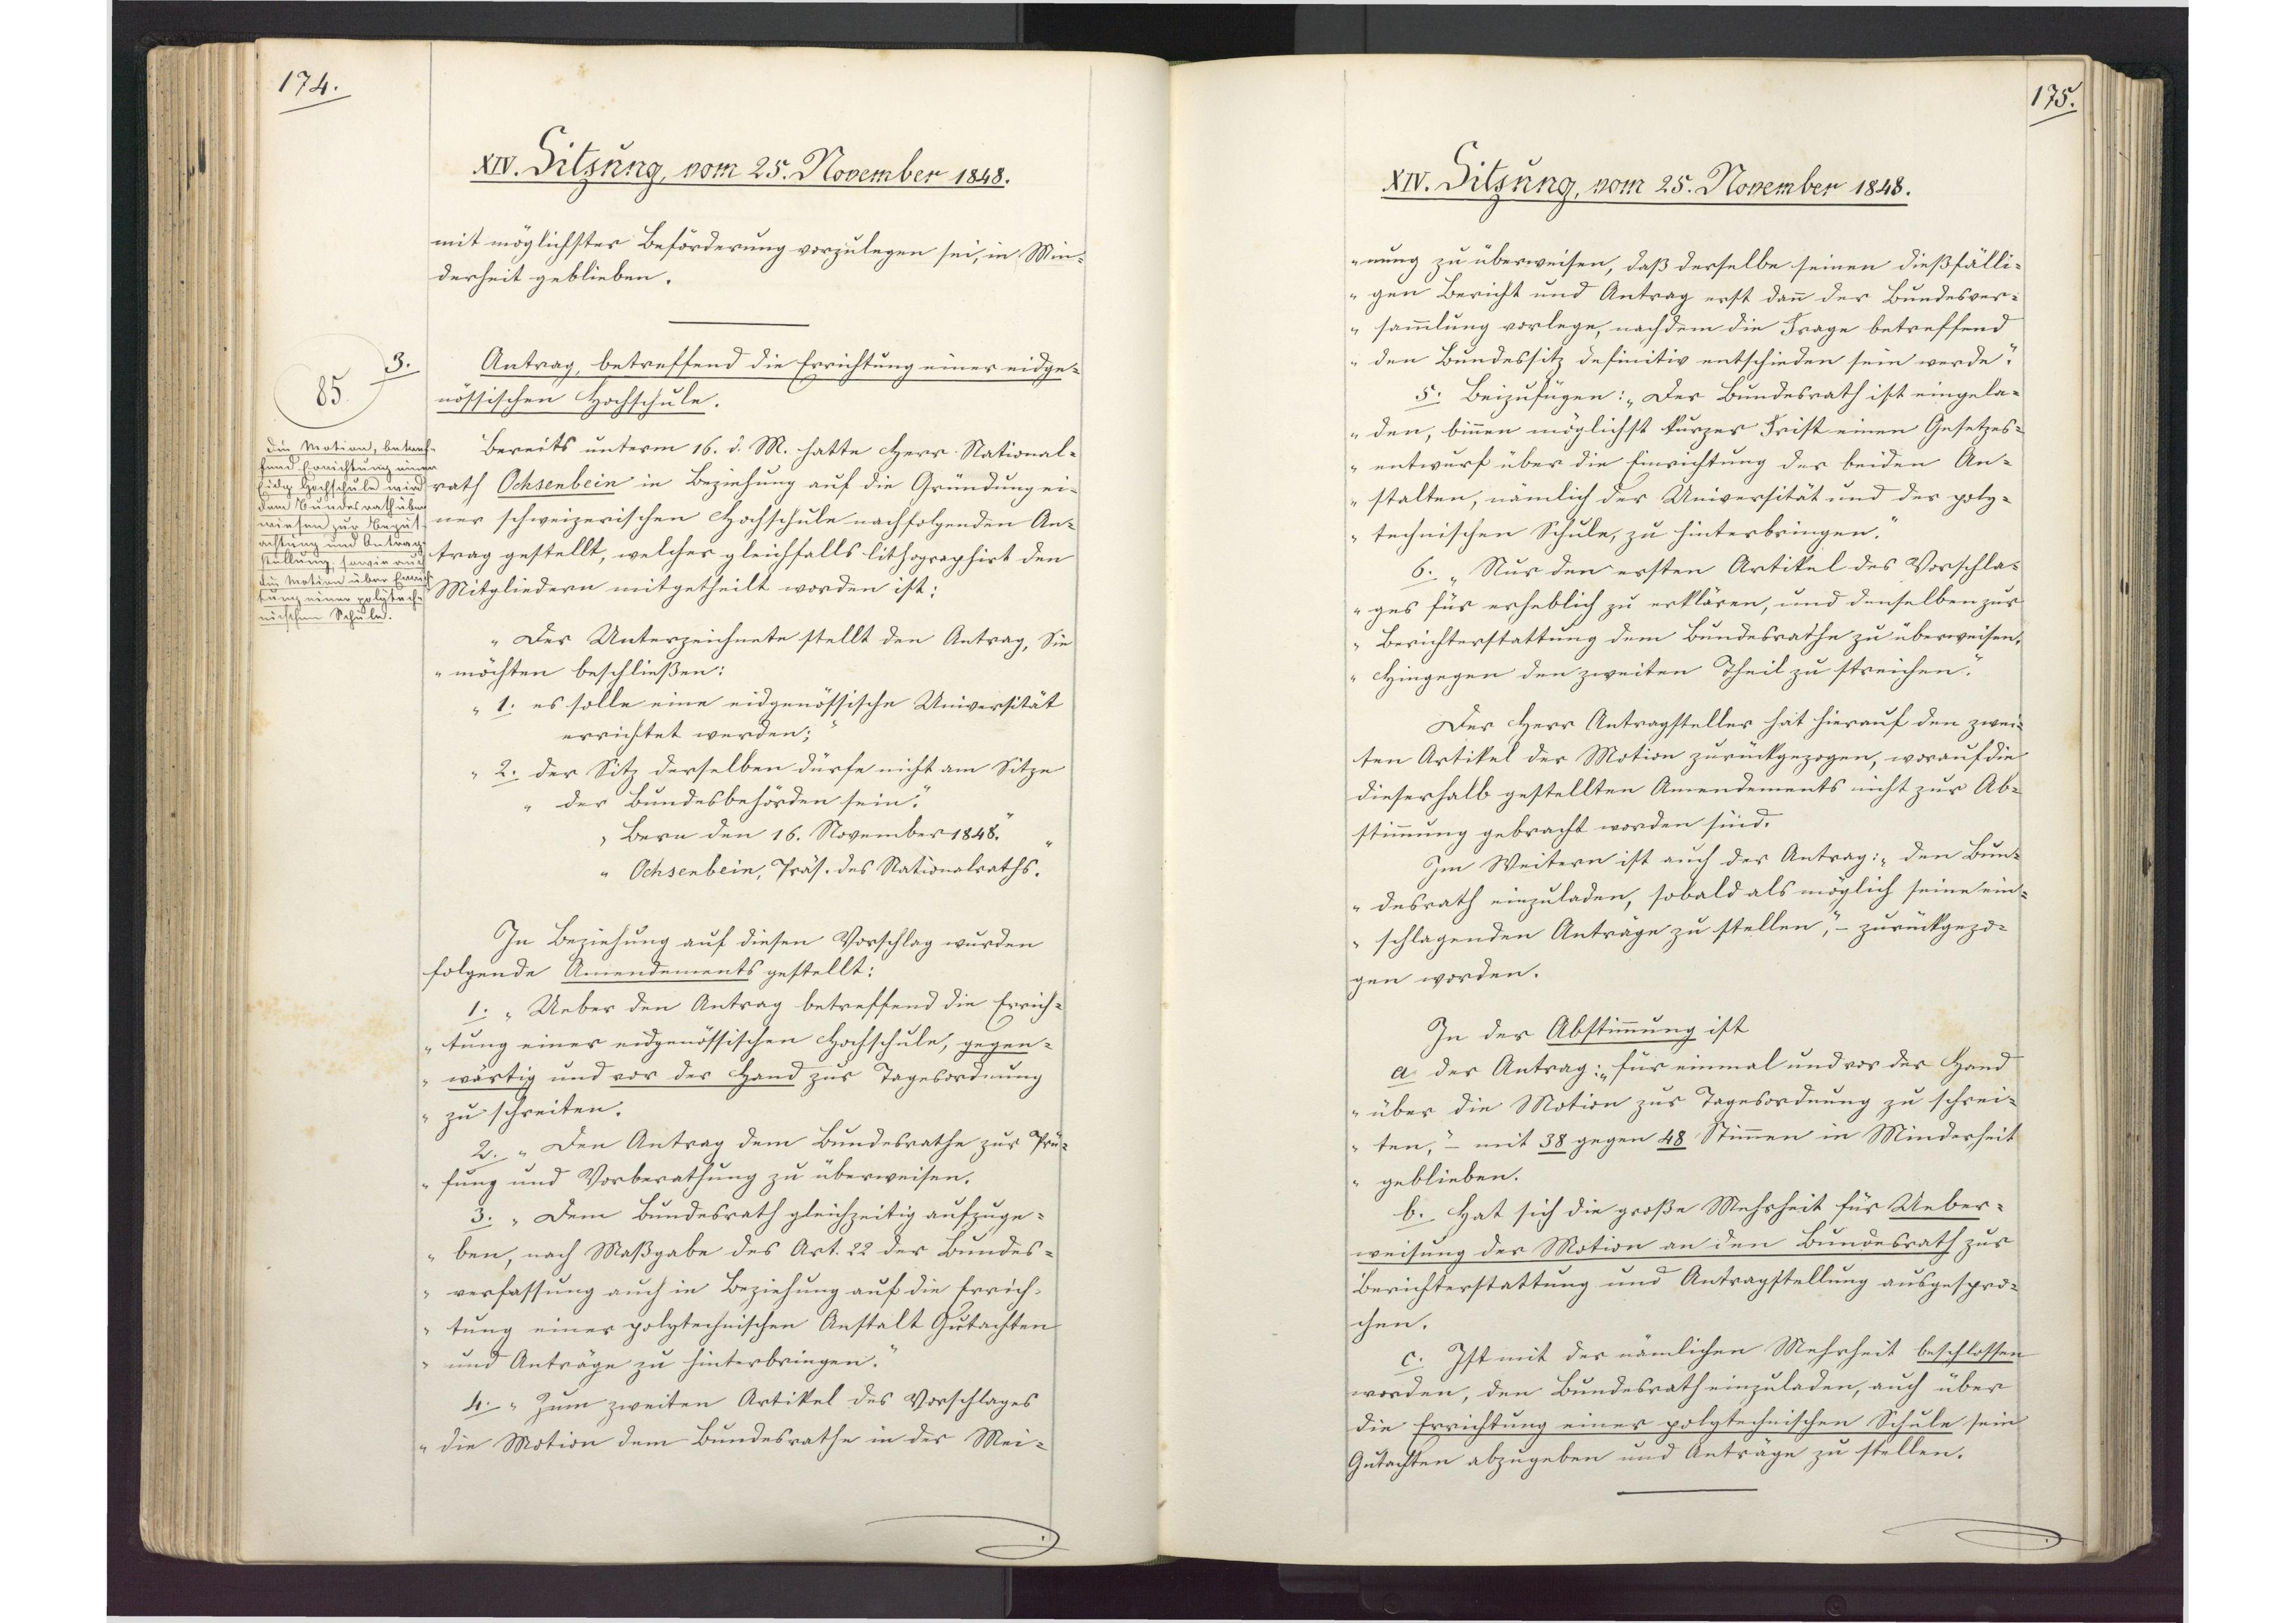
174.

XIV. Sitzung, vom 25. November 1848.

mit möglichster Beförderung vorzulegen sei, in Min¬
derheit geblieben.
Antrag, betreffend die Errichtung einer eidge¬
nössischen Hochschule.
Bereits unterm 16. d. M. hatte Herr National¬
rath Ochsenbein in Beziehung auf die Gründung ein¬
ner schweizerischen Hochschule nachfolgenden An¬
trag gestellt, welcher gleichfalls lithographirt den
Mitgliedern mitgetheilt worden ist:
"Der Unterzeichnete stellt den Antrag, Sie
möchten beschließen:
1. es solle eine eidgenössische Universität
errichtet werden;
2. der Sitz derselben dürfe nicht am Sitze
der Bundesbehörden sein.
Bern den 16. November 1848.
Ochsenbein, Präs. des Nationalraths."
In Beziehung auf diesen Vorschlag wurden
folgende Amendements gestellt:
1. "Ueber den Antrag betreffend die Errich¬
tung einer eidgenössischen Hochschule, gegen¬
wärtig und vor der Hand zur Tagesordnung
zu schreiten."
2. "Den Antrag dem Bundesrathe zur Prü¬
fung und Vorberathung zu überweisen.
3. "Dem Bundesrath gleichzeitig aufzuge¬
ben, nach Maßgabe des Art. 22 der Bundes¬
verfassung auch in Beziehung auf die Errich¬
tung einer polytechnischen Anstalt Gutachten
und Anträge zu hinterbringen."
4. "Zum zweiten Artikel des Vorschlages
die Motion dem Bundesrathe in der Mei¬

3.
85
Die Motion, betref¬
fend Errichtung einer
Eidg. Hochschule wird
dem Bundesrath über¬
wiesen zur Begut¬
achtung und Antrag¬
stellung; sowie auch
die Motion über Errich¬
tung einer polytech¬
nischen Schule.

175.

XIV. Sitzung, vom 25. November 1848.

nung zu überweisen, daß derselbe seinen dießfälli¬
gen Bericht und Antrag erst dann der Bundesver¬
sammlung vorlege, nachdem die Frage betreffend
den Bundessitz definitiv entschieden sein werde."
5. Beizufügen: "Der Bundesrath ist eingela¬
den, binnen möglichst kurzer Frist einen Gesetzes¬
entwurf über die Einrichtung der beiden An¬
stalten, nämlich der Universität und der poly¬
technischen Schule, zu hinterbringen."
6. "Nur den ersten Artikel des Vorschla¬
ges für erheblich zu erklären, und denselben zur
Berichterstattung dem Bundesrathe zu überweisen,
hingegen den zweiten Theil zu streichen."
Der Herr Antragsteller hat hierauf den zwei¬
ten Artikel der Motion zurückgezogen, worauf die
dieserhalb gestellten Amendements nicht zur Ab¬
stimmung gebracht worden sind.
Im Weitern ist auch der Antrag: "den Bun¬
desrath einzuladen, sobald als möglich seine ein¬
schlagenden Anträge zu stellen", - zurückgezo¬
gen worden.
In der Abstimmung ist
a. der Antrag: "für einmal und vor der Hand
über die Motion zur Tagesordnung zu schrei¬
ten", - mit 38 gegen 48 Stimmen in Minderheit
geblieben.
b. Hat sich die große Mehrheit für Ueber¬
weisung der Motion an den Bundesrath zur
Berichterstattung und Antragstellung ausgespro¬
chen.
c. Ist mit der nämlichen Mehrheit beschlossen
worden, den Bundesrath einzuladen, auch über
die Errichtung einer polytechnischen Schule sein
Gutachten abzugeben und Anträge zu stellen.